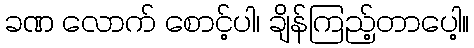
ခဏ လောက် စောင့်ပါ၊ ချိန်ကြည့်တာပေါ့။